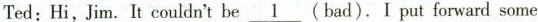
Ted: Hi,Jim. It couldn't be \underline{1}(bad). I put forward some